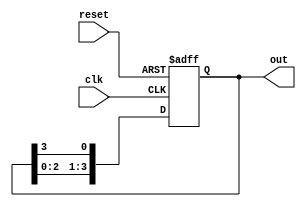
module ring_counter #(
    parameter N = 4  // Number of flip-flops
)(
    input wire clk,       // Clock signal
    input wire reset,     // Asynchronous reset signal
    output reg [N-1:0] out // Output of the ring counter
);

// Initial state
initial begin
    out = 1'b1; // Set the initial state to 1000 for N=4
end

// Always block for synchronous operation
always @(posedge clk or posedge reset) begin
    if (reset) begin
        out <= 1'b1; // Reset to initial state
    end else begin
        // Shift the '1' to the next flip-flop
        out <= {out[N-2:0], out[N-1]}; // Circular shift
    end
end

endmodule